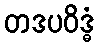
တဒပဝိဒ္ဓံ